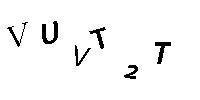
VUVT2T